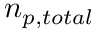
\ensuremath { n _ { p , t o t a l } }